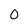
Character: 0